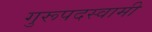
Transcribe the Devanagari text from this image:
गुरूपदस्वामी